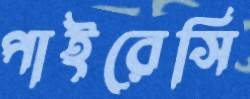
পাইরেসি